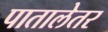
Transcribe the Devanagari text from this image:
पातालेतर